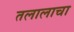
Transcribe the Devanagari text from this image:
तलालाचा